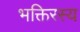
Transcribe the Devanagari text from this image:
भक्तिरस्य